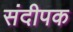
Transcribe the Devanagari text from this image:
संदीपक